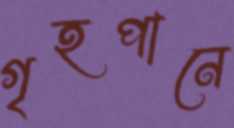
গৃহপানে